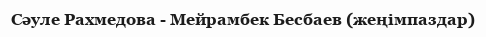
Сәуле Рахмедова - Мейрамбек Бесбаев (жеңімпаздар)